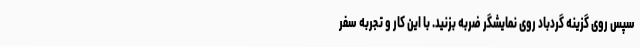
سپس روی گزینه گردباد روی نمایشگر ضربه بزنید. با این کار و تجربه سفر